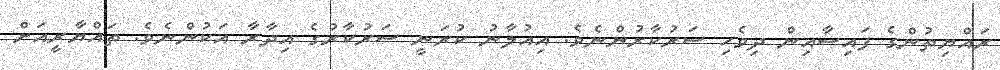
ރައްޔިތުންގެ ފައިސާއިން ދިވެހި ސަރުކާރުންނެވެ. އިއުލާނު ކުރަނީ ސަރުކާރުގެ އިދާރާ އަކުންނެވެ. ތައްޔާރީއަށް